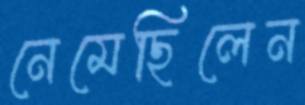
নেমেছিলেন